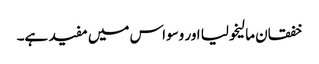
خفقان مالیخولیا اور وسواس میں مفید ہے۔